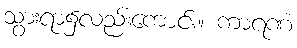
သွားရာ၌လည်းကောင်း။ ကာရဏံ